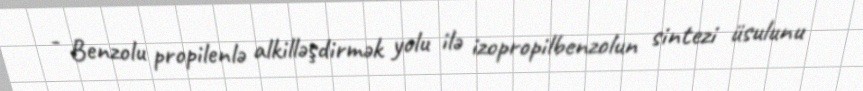
- Benzolu propilenlə alkilləşdirmək yolu ilə izopropilbenzolun sintezi üsulunu